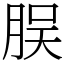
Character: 脵